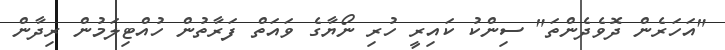
"އަހަރެން ދޮވެދެންތަ" ސިންކު ކައިރީ ހުރި ނޯޔާގެ ވައަތް ފަރާތުން ހުއްޓިލަމުން ރިދާން